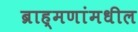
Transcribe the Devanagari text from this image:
ब्राह्मणांमधील